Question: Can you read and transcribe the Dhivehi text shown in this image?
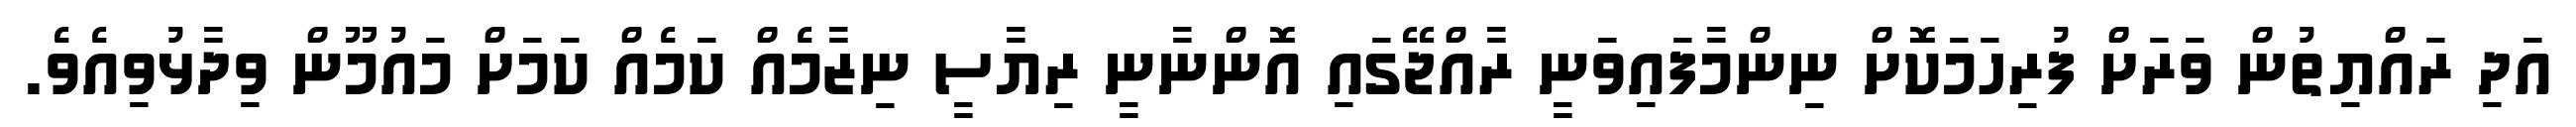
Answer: އަދި ރައްޔިތުން ވަރަށް ފުރިހަމަކޮށް ނިންމާފައިވަނީ ރާއްޖޭގައި އޮންނާނީ ރިޔާސީ ނިޒާމެއް ކަމެއް ކަމަށް މައުމޫން ވިދާޅުވިއެވެ.